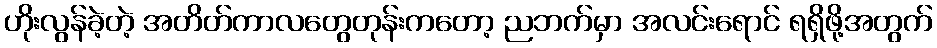
ဟိုးလွန်ခဲ့တဲ့ အတိတ်ကာလတွေတုန်းကတော့ ညဘက်မှာ အလင်းရောင် ရရှိဖို့အတွက်